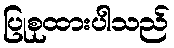
ပြုစုထားပါသည်